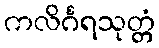
ကလိင်္ဂရသုတ္တံ